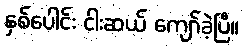
နှစ်ပေါင်း ငါးဆယ် ကျော်ခဲ့ပြီ။